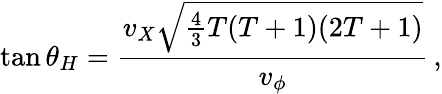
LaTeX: \tan\theta_{H}=\frac{v_{X}\sqrt{\frac{4}{3}T(T+1)(2T+1)}}{v_{\phi}}\, ,